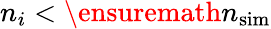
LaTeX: n_{i}<{\ensuremath{n_{\mathrm{sim}}}}